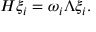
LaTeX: { \cal H } \xi _ { i } = \omega _ { i } \Lambda \xi _ { i } .